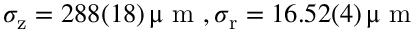
\sigma _ { \mathrm { z } } = 2 8 8 ( 1 8 ) \ensuremath { \, \upmu \mathrm { ~ m ~ } } , \sigma _ { \mathrm { r } } = 1 6 . 5 2 ( 4 ) \ensuremath { \, \upmu \mathrm { ~ m ~ } }